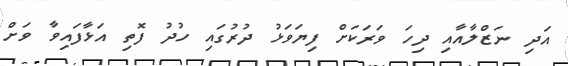
އަދި ނަޒްލާއާއި ދިހަ ވަރަކަށް ފިޔަވަޅު ދުރުގައި ހުދު ފޮތި އަޅާފައިވާ ވަށް